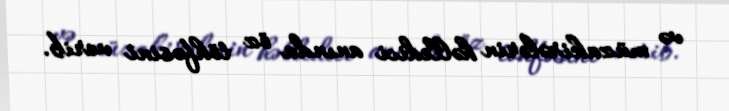
və müzakirələrin həlledici anında öz töhfəsini verib.